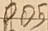
Text: PD5